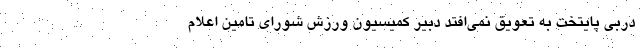
دربی پایتخت به تعویق نمی‌افتد دبیر کمیسیون ورزش شورای تامین اعلام